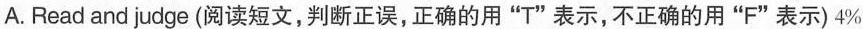
A.Read and judge (阅读短文,判断正误,正确的用"T"表示,不正确的用"F"表示)4%